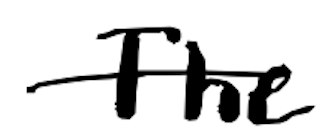
Text: The
Cross-out: single-line
Writing tool: digital_black